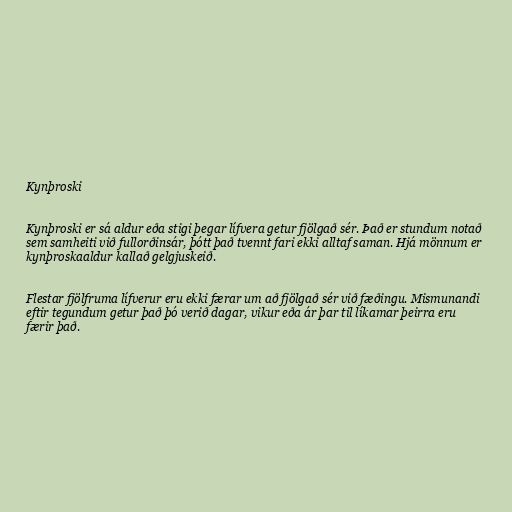
Kynþroski

Kynþroski er sá aldur eða stigi þegar lífvera getur fjölgað sér. Það er stundum notað
sem samheiti við fullorðinsár, þótt það tvennt fari ekki alltaf saman. Hjá mönnum er
kynþroskaaldur kallað gelgjuskeið.

Flestar fjölfruma lífverur eru ekki færar um að fjölgað sér við fæðingu. Mismunandi
eftir tegundum getur það þó verið dagar, vikur eða ár þar til líkamar þeirra eru
færir það.